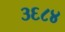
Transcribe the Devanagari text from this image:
३६८४